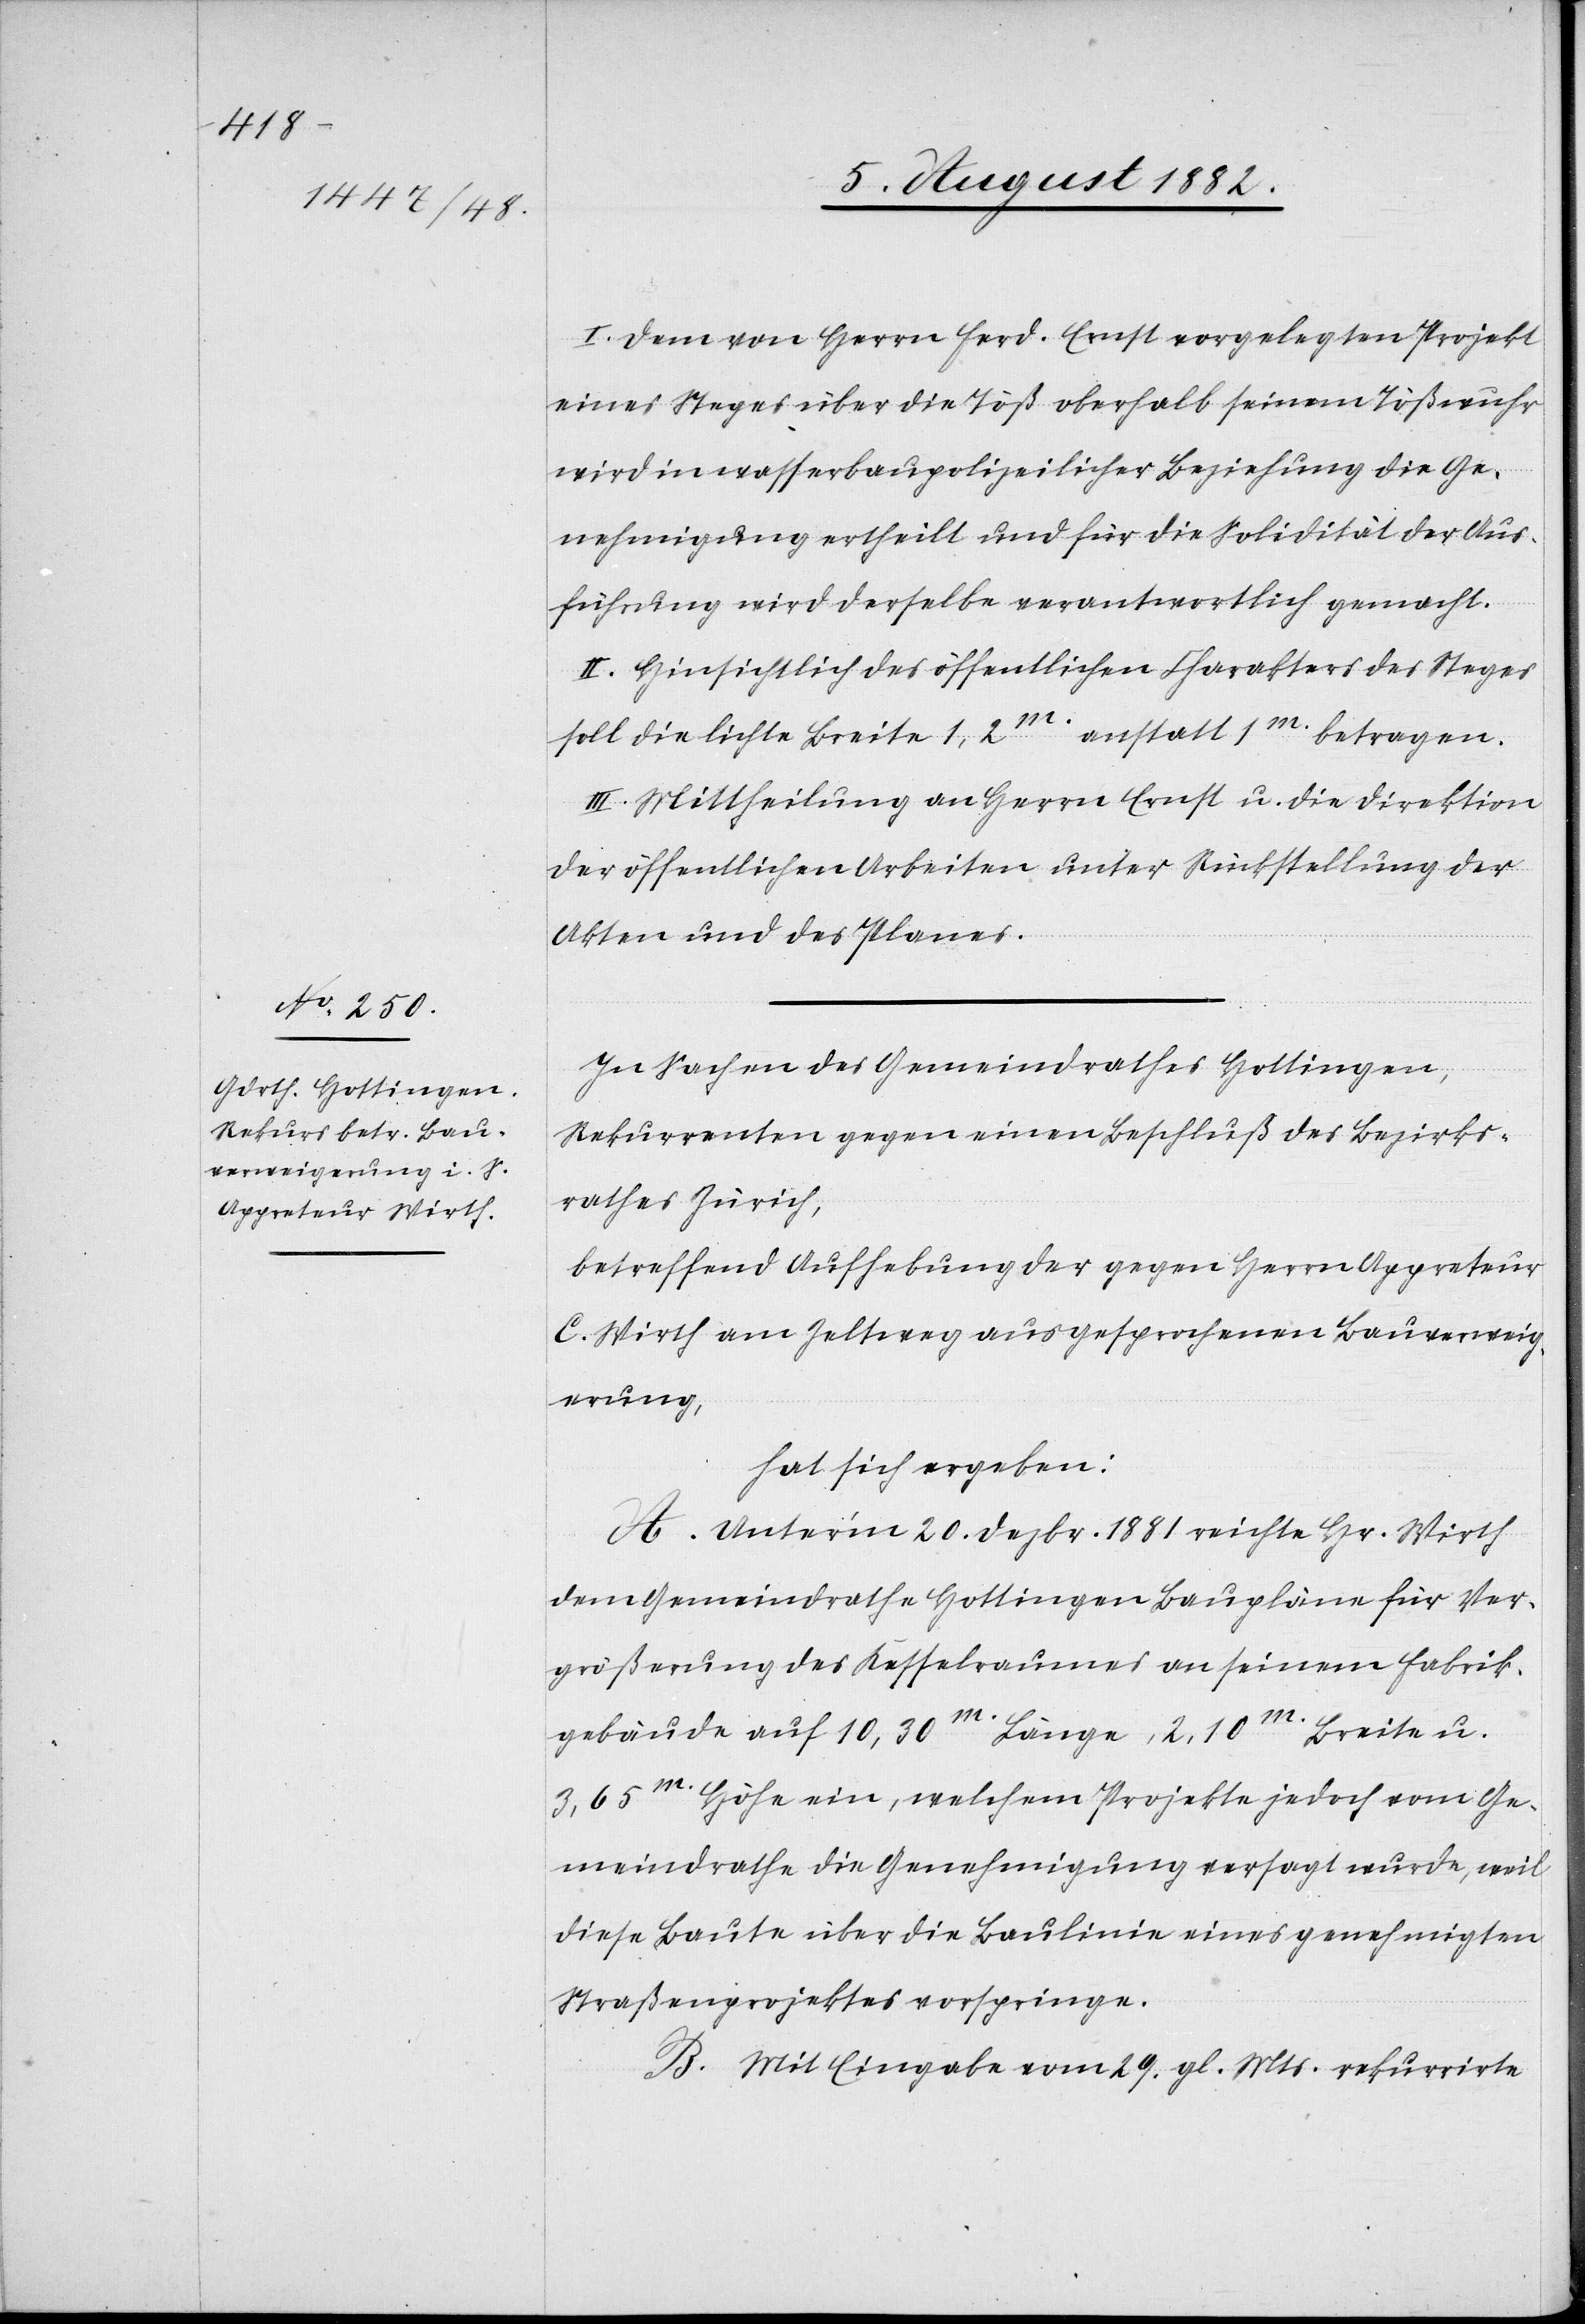
I. Dem von Herrn Ferd. Ernst vorgelegten Projekt
eines Steges über die Töß oberhalb seinem Tößwuhr
wird in wasserbaupolizeilicher Beziehung die Ge¬
nehmigung ertheilt und für die Solidität der Aus¬
führung wird derselbe verantwortlich gemacht.
II. Hinsichtlich des öffentlichen Charakters des Steges
soll die lichte Breite 1,2m anstatt 1m betragen.
III. Mittheilung an Herrn Ernst u. die Direktion
der öffentlichen Arbeiten unter Rückstellung der
Akten und des Planes.
In Sachen des Gemeindrathes Hottingen,
Rekurrenten gegen einen Beschluß des Bezirks¬
rathes Zürich,
betreffend Aufhebung der gegen Herrn Appreteur
C. Wirth am Zeltweg ausgesprochenen Bauverweig¬
erung,
hat sich ergeben:
A. Unter’m 20. Dezbr. 1881 reichte Hr. Wirth
dem Gemeindrathe Hottingen Baupläne für Ver¬
größerung des Kesselraumes an seinem Fabrik¬
gebäude auf 10,30m Länge, 2,10m Breite u.
3,65m Höhe ein, welchem Projekte jedoch vom Ge¬
meindrathe die Genehmigung versagt wurde, weil
diese Baute über die Baulinie eines genehmigten
Straßenprojektes vorspringe.
B. Mit Eingabe vom 29. gl. Mts. rekurrirte